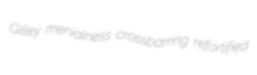
Gilley menialness crossbarring refortified